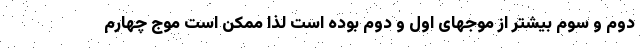
دوم و سوم بیشتر از موجهای اول و دوم بوده است لذا ممکن است موج چهارم